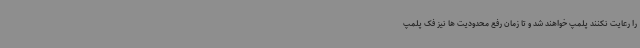
را رعایت نکنند پلمپ خواهند شد و تا زمان رفع محدودیت ها نیز فک پلمپ